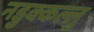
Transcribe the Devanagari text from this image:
नडुक्कल्लु